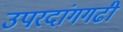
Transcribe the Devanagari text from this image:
उपरदांगगढी